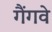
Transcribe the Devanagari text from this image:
गैंगवे